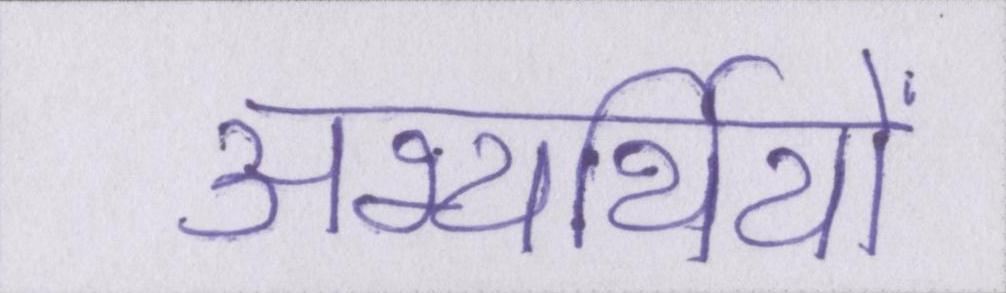
अभ्यर्थियों